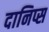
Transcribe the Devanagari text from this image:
दानिप्स